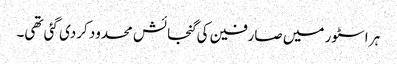
ہر اسٹور میں صارفین کی گنجائش محدود کردی گئی تھی۔